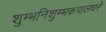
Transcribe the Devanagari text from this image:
शुम्भनिशुम्भकपालधरे